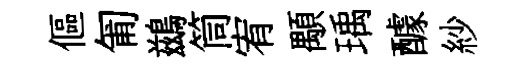
傴匍鷀筒宥顒瑀醵紗